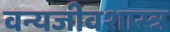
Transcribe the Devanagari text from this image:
वन्यजीवशास्त्र